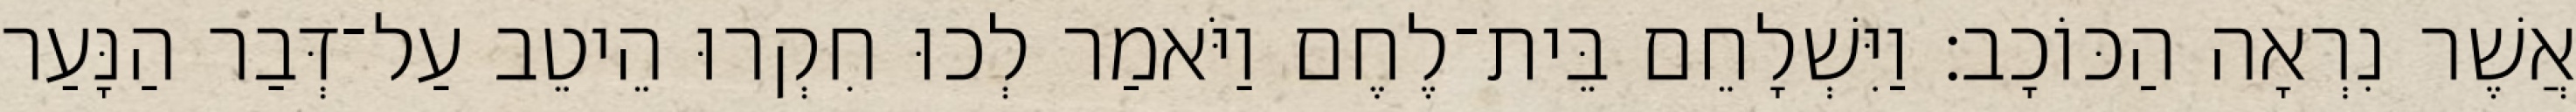
אֲשֶׁר נִרְאָה הַכּוֹכָב׃ וַיִּשְׁלָחֵם בֵּית־לֶחֶם וַיֹּאמַר לְכוּ חִקְרוּ הֵיטֵב עַל־דְּבַר הַנָּעַר